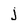
Character: j